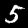
Digit: 5